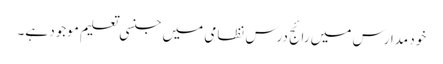
خود مدارس میں رائج درس نظامی میں جنسی تعلیم موجود ہے۔